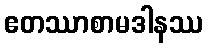
ဧတဿာစာမဒါနဿ